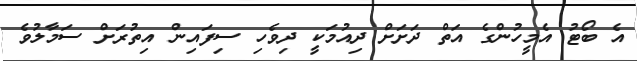
އެ ބޯޓު އެމީހުންގެ އަތް ދަށަށް ދިއުމަކީ ދިވެހި ސިފައިން އިތުރަށް ސަމާލުވެ